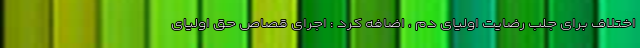
اختلاف برای جلب رضایت اولیای دم ، اضافه کرد : اجرای قصاص حق اولیای